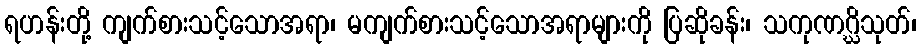
ရဟန်းတို့ ကျက်စားသင့်သောအရာ၊ မကျက်စားသင့်သောအရာများကို ပြဆိုခန်း၊ သကုဏဂ္ဃိသုတ်၊